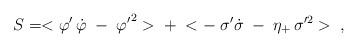
LaTeX: \begin{align*}S = <{\varphi'}\,\dot{\varphi}\;-\;{\varphi'}^2>\;+\; <-\;\sigma'\dot{\sigma}\;-\;\eta_+\,\sigma'^2>\;\;,\end{align*}